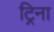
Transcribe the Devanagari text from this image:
ट्रिना